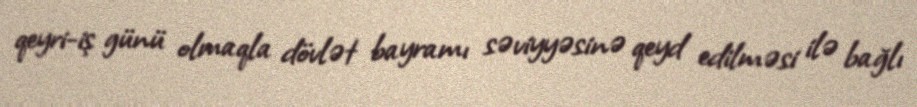
qeyri-iş günü olmaqla dövlət bayramı səviyyəsinə qeyd edilməsi ilə bağlı